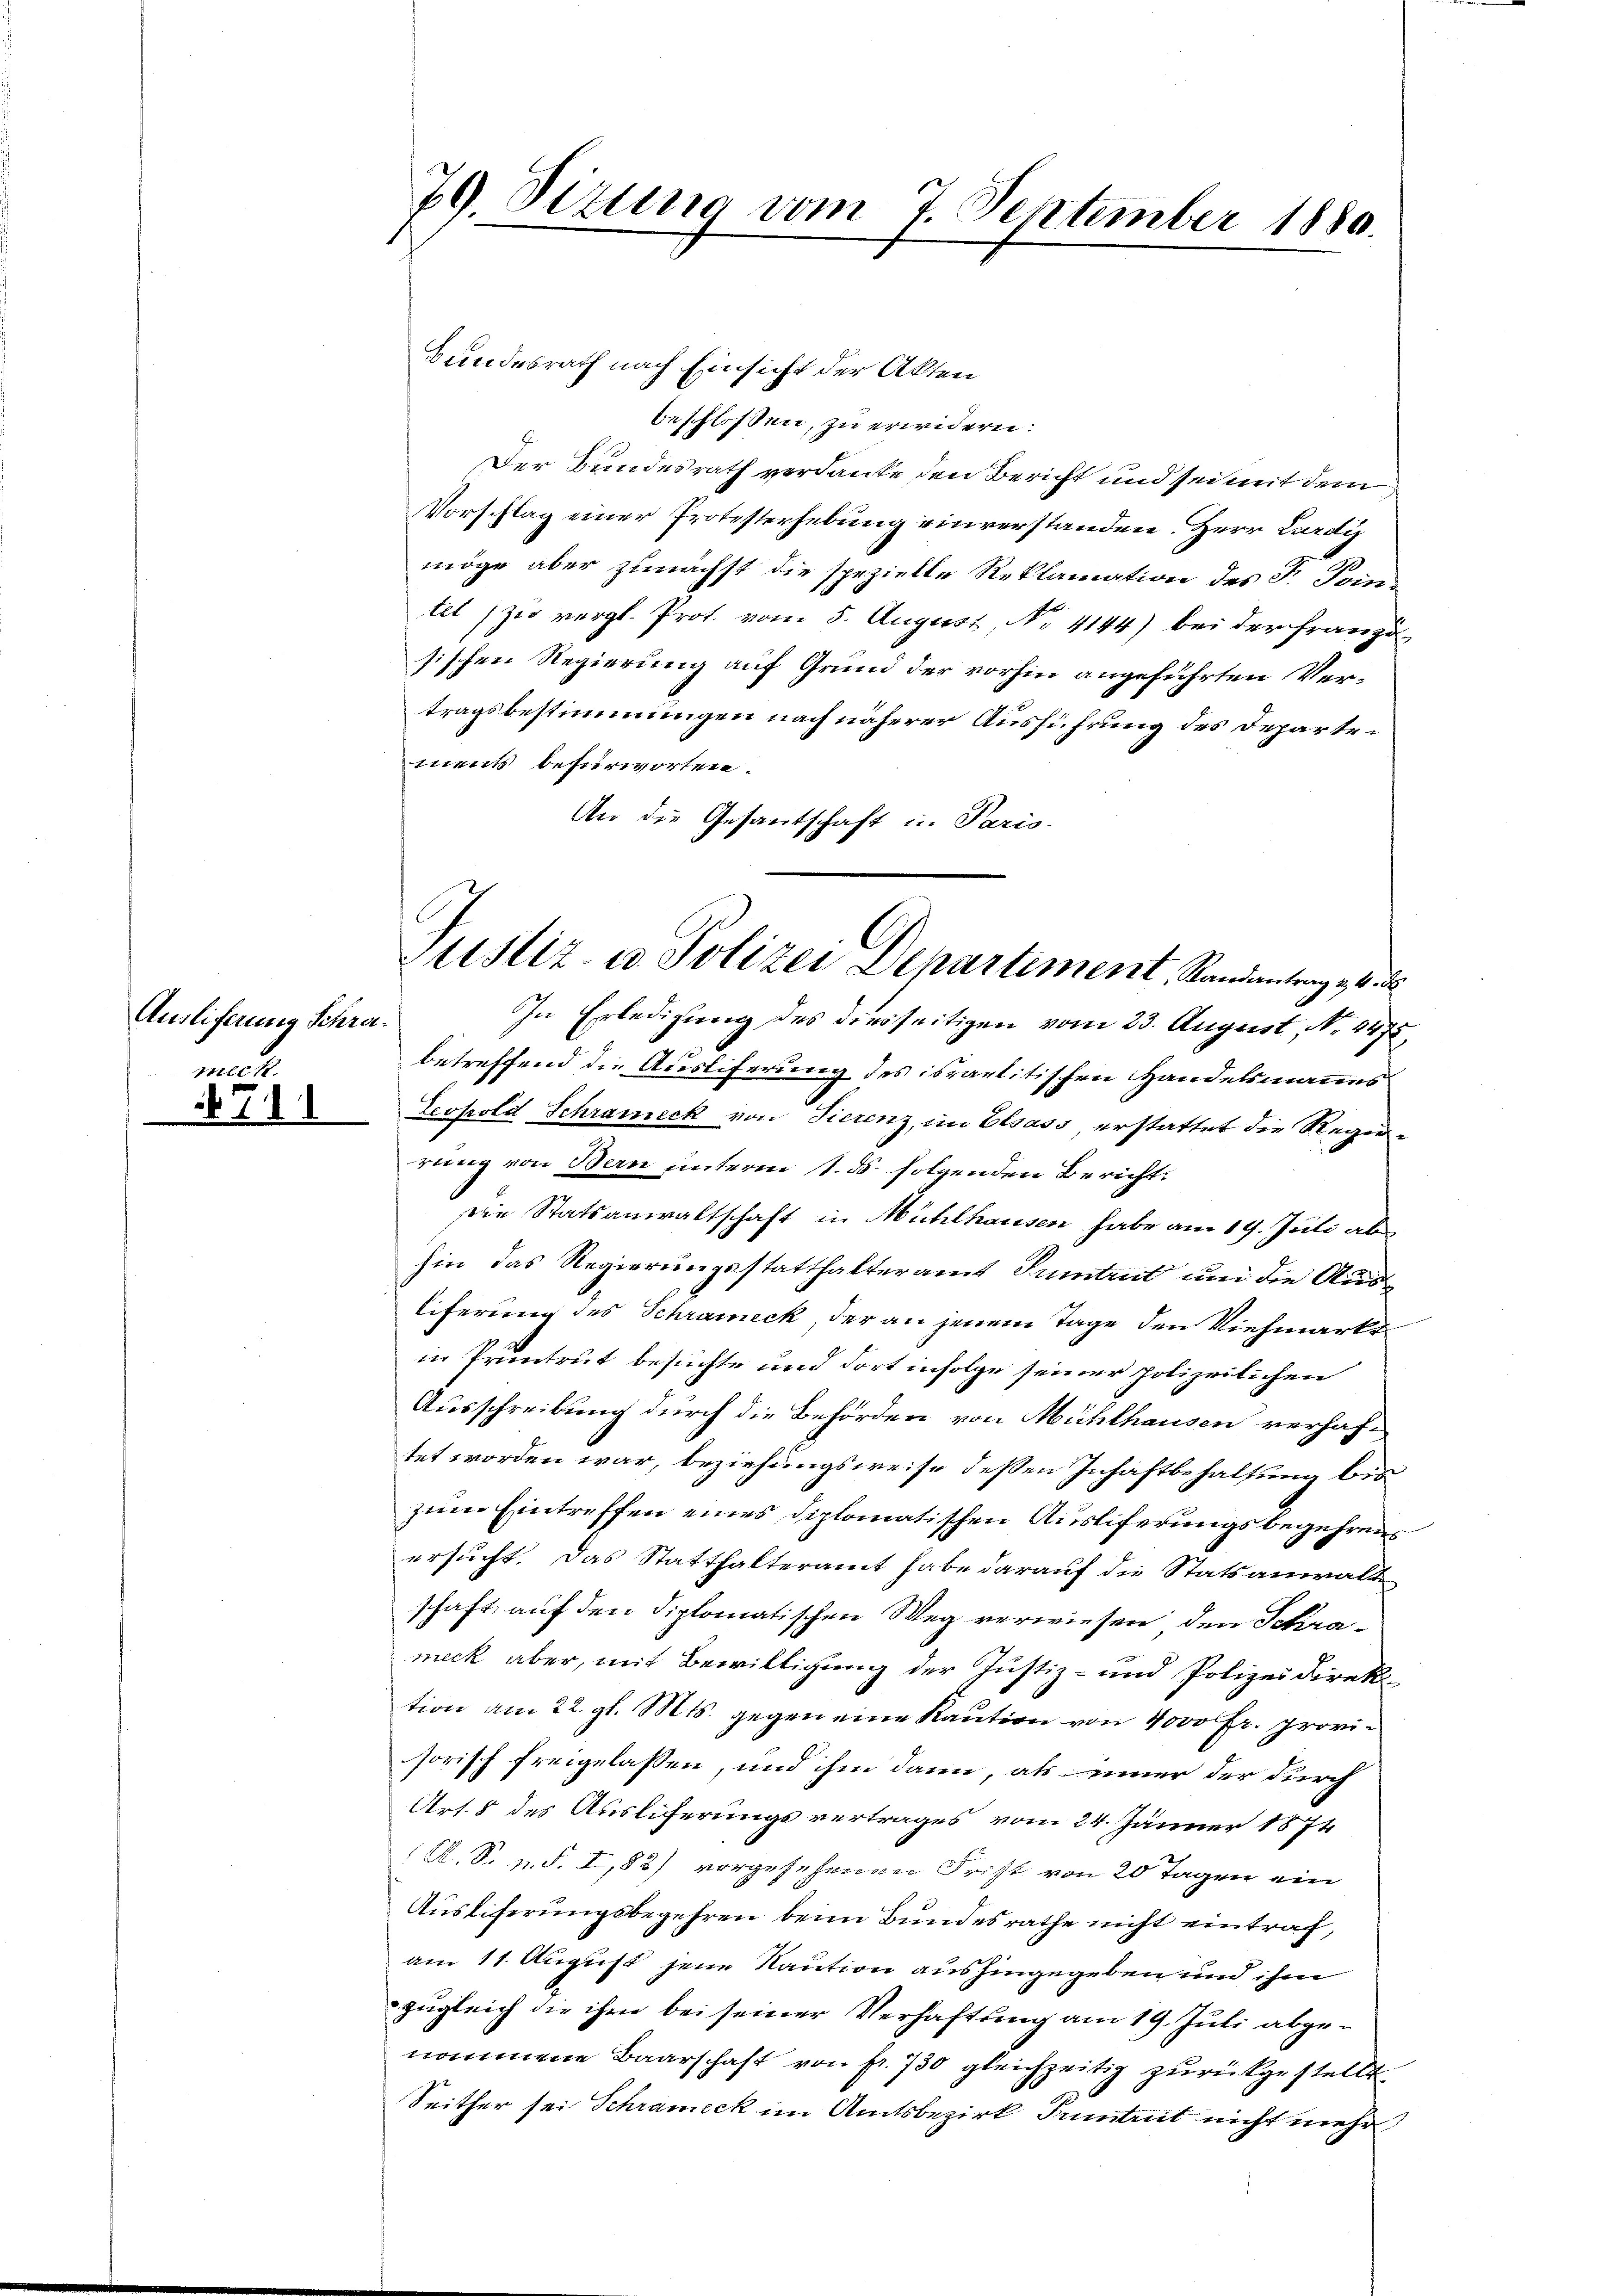
Ausliferung Schrameck

79. Sizung vom 7. September 1880.

Bundesrath nach Einsicht der Akten
beschlossen, zu erwidern.
Der Bundesrath verdanke den Bericht und sei mit dem
Vorschlag einer Protesterhebung einverstanden. Herr Lardis
möge aber zunächst die spezielle Reklamation des F. Pointet zu vergl. Prot. vom 5. August, No. 4144) bei der Französischen Regierung auf Grund der vorhin angeführten Vertragsbestimmungen nach näherer Ausführung des Departements befürworten.
An die Gesantschaft u. Paris.
betreffend die Auslieferung des israelitischen Handelsmannes
Leopold Schrameck von Tierenz, im Elsass erstattet die Regen-
rung von Bern unterm 1. ds. folgenden Bericht
Die Statsanwaltschaft in Mühlhausen habe am 19. Juli ab
hin das Regierungsstatthalteramt Tuntrut und die Ausliferung des Schramick, der an jenem Tage den Viehmarkt
in Pruntrut besuchte und dort infolge seiner polizeilichen
Ausschreibung durch die Behörden von Mühlhausen verhaft
tet worden war, beziehungsweise deßen Inhaftbehaltung bis
zum Eintreffen eines Diplomatischen Auslieferungsbegehrens
ersucht. Das Statthalteramt habe darauf die Statsanwalt
schaft auf den diplomatischen Weg verwiesen, den Schrameck aber, mit Bewilligung der Justiz- und Polizeidirek
tion am 22. gl. Mts. gegen eine Kaution von 4000 fr. provisorisch freigelassen, und ihm dann, als einer der durch
Art. 8 des Ausliferungsvertrages vom 24. Jänner 1874
R. S. p. S. I,83) vorgesehenen Frist von 20 Tagen ein
Ausliferungsbegehren beim Bundesrathe nicht eintraf,
am 11. August jene Kaution aushingegeben und ihm
zugleich die ihre bei seiner Verhaftung am 19. Juli abgenommene Baarschaft von fr. 730 gleichzeitig zurückgestellt.
Seither sei Schrameck im Amtsbezirk Puntrut nicht mehr

Justiz- u. Polizei Departiment, Randantrag 10. d.
In Erledigung des diesseitigen vom 23. August, No. 4472.